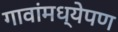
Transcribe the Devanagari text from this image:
गावांमध्येपण